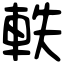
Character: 軼